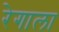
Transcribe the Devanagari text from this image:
रेगाला